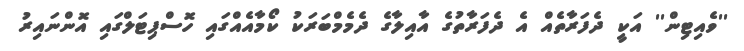
''ވެއިޓިން'' އަކީ ދެފަރާތެއް އެ ދެފަރާތުގެ އާއިލާގެ ދެމެމްބަރަކު ކޯމާއެއްގައި ހޮސްޕިޓަލްގައި އޮންނައިރު